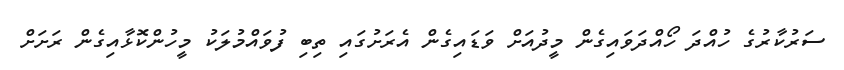
ސަރުކާރުގެ ހުއްދަ ހޯއްދަވައިގެން މީދުއަށް ވަޑައިގެން އެރަށުގައި ތިބި ފުވައްމުލަކު މީހުންކޮޅާއިގެން ރަށަށް